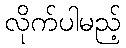
လိုက်ပါမည့်